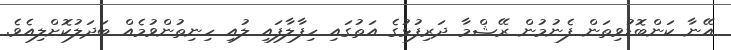
އޭނާ ކަންބޮޑުވިތަން ފެނުމުން ރޭޝްމާ ދަރިފުޅުގެ އަތުގައި ހިފާލާފައި ލުއި ހިނިތުންވުމެއް ބަދަލުކޮށްލިއެވެ.